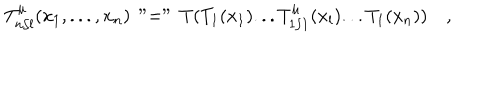
T _ { n / l } ^ { \mu } ( x _ { 1 } , . . . , x _ { n } ) \, " = " \, T ( T _ { 1 } ( x _ { 1 } ) . . . T _ { 1 / 1 } ^ { \mu } ( x _ { l } ) . . . T _ { 1 } ( x _ { n } ) ) \quad ,